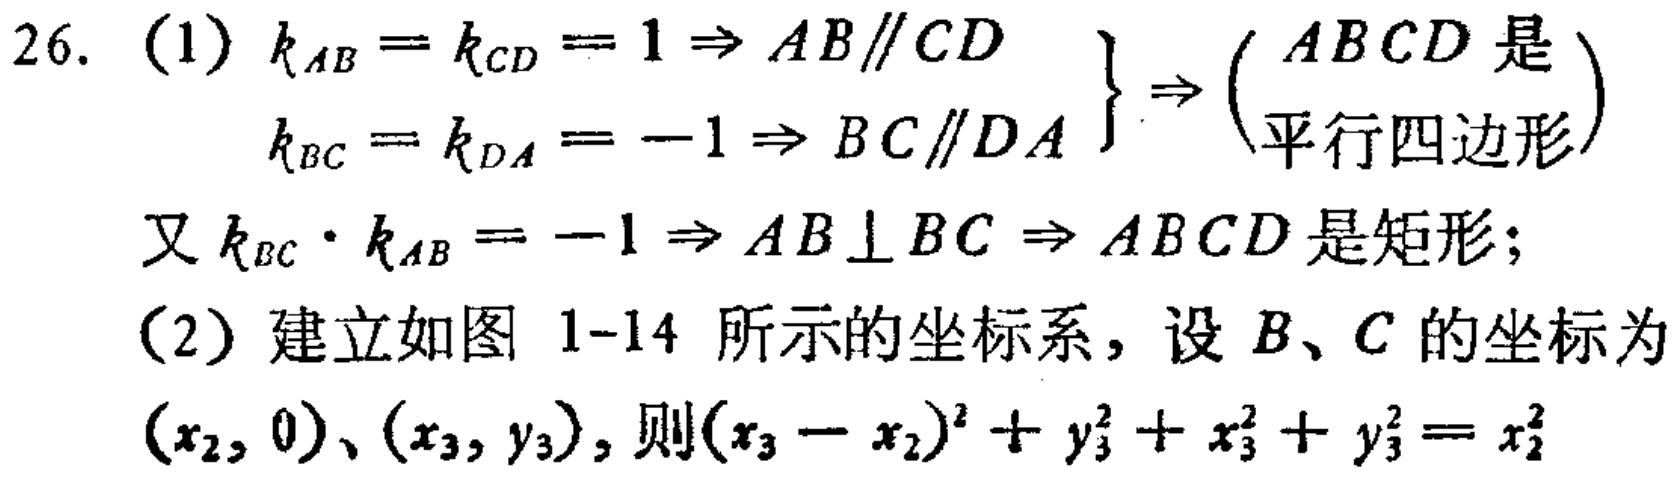
26. (1) \(k_{AB}=k_{CD}=1\Rightarrow AB\parallel CD\)
\(k_{BC}=k_{DA}=-1\Rightarrow BC\parallel DA\) \(\left.\begin{array}{r}  \\  \end{array}\right\}\Rightarrow\left(\begin{array}{l}ABCD\text{ 是}\\ \text{平行四边形}\end{array}\right)\)
又 \(k_{BC}\cdot k_{AB}=-1\Rightarrow AB\perp BC\Rightarrow ABCD\) 是矩形;
(2) 建立如图 1-14 所示的坐标系, 设 \(B、C\) 的坐标为 \((x_{2},0)、(x_{3},y_{3})\), 则 \((x_{3}-x_{2})^{2}+y_{3}^{2}+x_{3}^{2}+y_{3}^{2}=x_{2}^{2}\)